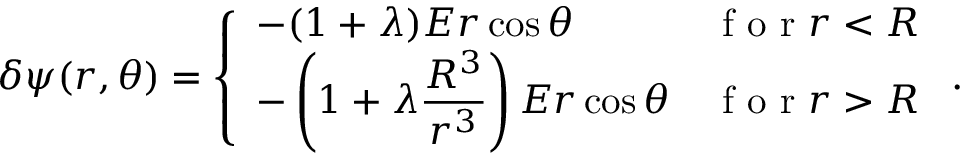
\delta \psi ( r , \theta ) = \left\{ \begin{array} { l l } { \displaystyle - ( 1 + \lambda ) E r \cos \theta } & { \textrm { f o r } r < R } \\ { \displaystyle - \left( 1 + \lambda \frac { R ^ { 3 } } { r ^ { 3 } } \right) E r \cos \theta } & { \textrm { f o r } r > R } \end{array} \right. .